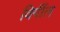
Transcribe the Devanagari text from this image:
विर्गील